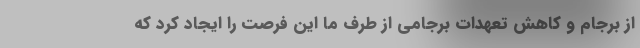
از برجام و کاهش تعهدات برجامی از طرف ما این فرصت را ایجاد کرد که